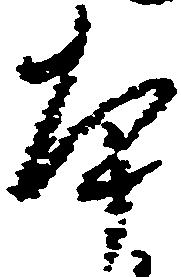
本